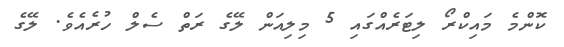
ކޮންމެ މައިކްރޯ ލިޓަރެއްގައި 5 މިލިއަން ލޭގެ ރަތް ސެލް ހުރެއެވެ. ލޭގެ